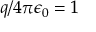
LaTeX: q / 4 \pi \epsilon _ { 0 } = 1